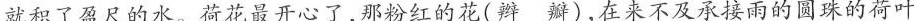
就积了盈尺的水。荷花最开心了，那粉红的花（辫 瓣），在来不及承接雨的圆珠的荷叶